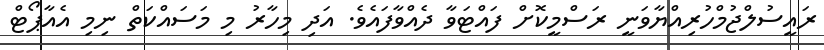
ރައީސުލްޖުމްހުރިއްޔާވަނީ ރަސްމީކޮށް ފައްޓަވާ ދެއްވާފައެވެ. އަދި މިހާރު މި މަސައްކަތް ނިމި އެއާޕޯޓް